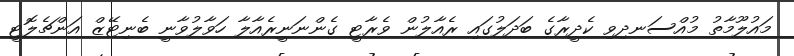
މައުލޫމާތު މުއްސަނދިވި ކެދީރާގެ ބަދަލުގައި ރެއާލުން ވެރާޓީ ގެންނަނީރެއާލާ ހަވާލުވާނީ ބެނިޓޭޒް އަންޗެލޮޓީ